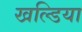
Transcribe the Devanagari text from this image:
खल्डिया